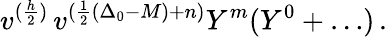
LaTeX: v^{(\frac{h}{2})}\, v^{(\frac{1}{2}(\Delta_{0}-M)+n)}Y^{m}(Y^{0}+\ldots)\, .